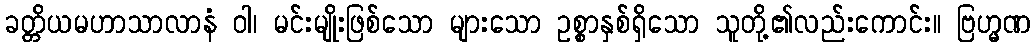
ခတ္တိယမဟာသာလာနံ ဝါ၊ မင်းမျိုးဖြစ်သော များသော ဥစ္စာနှစ်ရှိသော သူတို့၏လည်းကောင်း။ ဗြဟ္မဏ